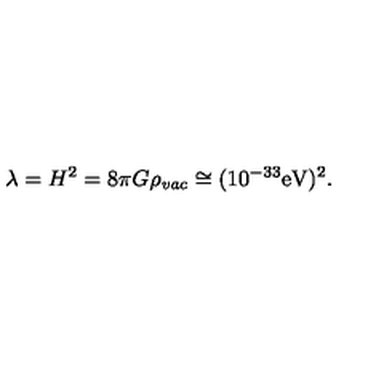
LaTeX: \lambda = H ^ { 2 } = 8 \pi G \rho _ { \it v a c } \cong ( 1 0 ^ { - 3 3 } \mathrm { e V ) ^ { 2 } . }